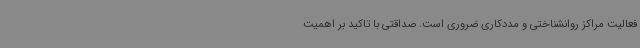
فعالیت مراکز روانشناختی و مددکاری ضروری است. صداقتی با تاکید بر اهمیت